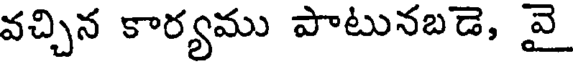
వచ్చిన కార్యము పాటునబడె, వై